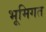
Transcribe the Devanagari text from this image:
भूमिगत